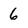
Character: 6